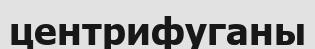
центрифуганы